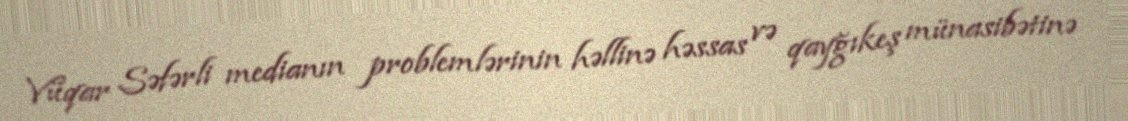
Vüqar Səfərli medianın problemlərinin həllinə həssas və qayğıkeş münasibətinə